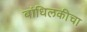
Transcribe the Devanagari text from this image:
बांधिलकीचा